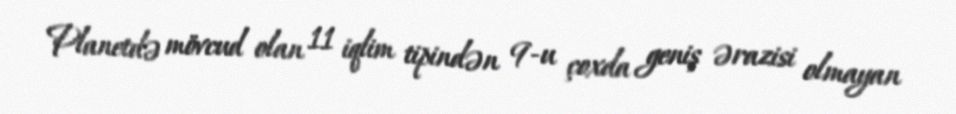
Planetdə mövcud olan 11 iqlim tipindən 9-u çoxda geniş ərazisi olmayan